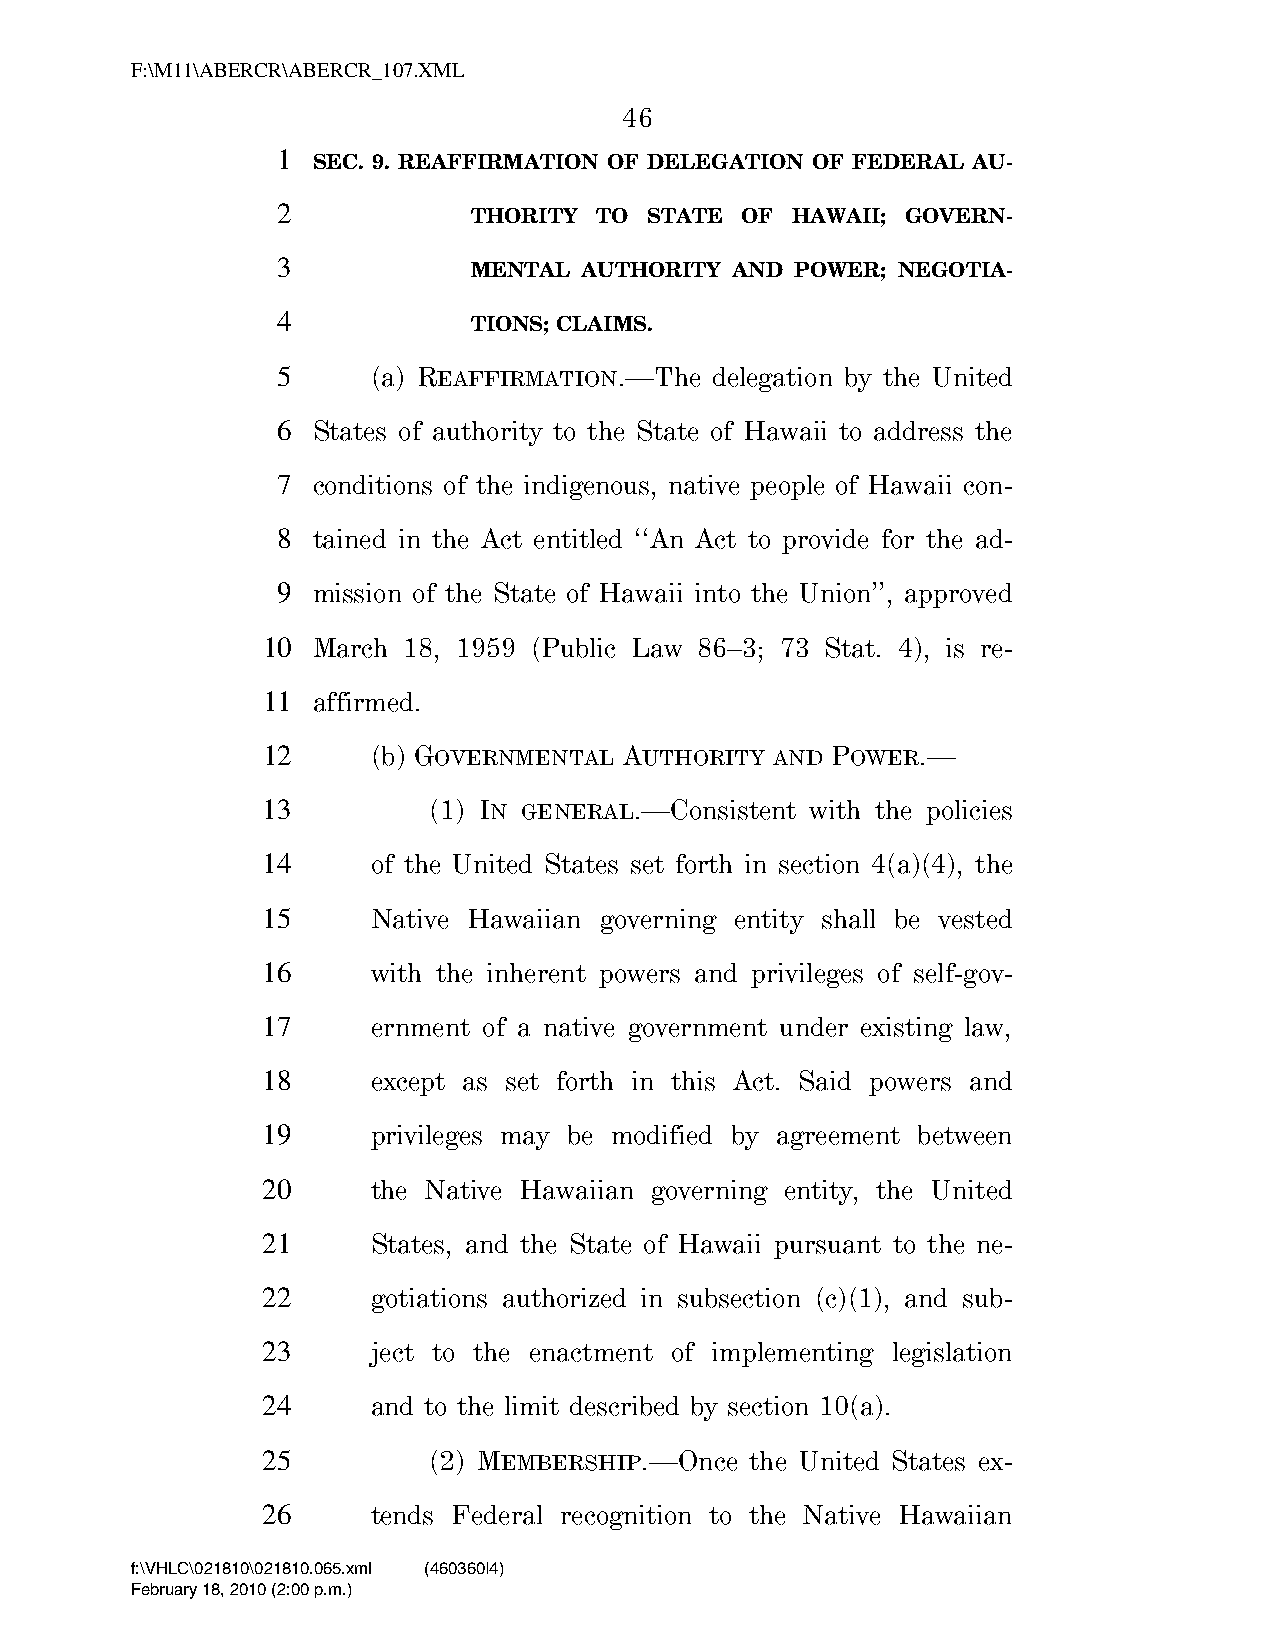
F:\M11\ABERCR\ABERCR_107.XML
 46
 1
 SEC. 9. REAFFIRMATION OF DELEGATION OF FEDERAL AU-
 2
 THORITY TO  STATE OF HAWAII; GOVERN-
 3
 MENTAL AUTHORITY  AND POWER; NEGOTIA-
 4
 TIONS; CLAIMS.
 5      (a) REAFFIRMATION.—The delegation by the United
 6  States of authority to the State of Hawaii to address the
 7  conditions of the indigenous, native people of Hawaii con-
 8  tained in the Act entitled ‘‘An Act to provide for the ad-
 9  mission of the State of Hawaii into the Union’’, approved
 10  March 18, 1959 (Public Law 86–3; 73 Stat. 4), is re-
 11  affirmed.
 12      (b) GOVERNMENTAL AUTHORITY AND POWER.—
 13         (1) IN GENERAL.—Consistent with the policies
 14      of the United States set forth in section 4(a)(4), the
 15      Native Hawaiian governing entity shall be vested
 16      with the inherent powers and privileges of self-gov-
 17      ernment of a native government under existing law,
 18      except as set forth in this Act. Said powers and
 19      privileges may be modified by agreement between
 20      the Native Hawaiian governing entity, the United
 21      States, and the State of Hawaii pursuant to the ne-
 22      gotiations authorized in subsection (c)(1), and sub-
 23      ject to the enactment of implementing legislation
 24      and to the limit described by section 10(a).
 25         (2) MEMBERSHIP.—Once  the United States ex-
 26      tends Federal recognition to the Native Hawaiian
 f:\VHLC\021810\021810.065.xml (460360|4)
 February 18, 2010 (2:00 p.m.)
 VerDate Nov 24 2008 14:00 Feb 18, 2010 Jkt 000000 PO 00000 Frm 00046 Fmt 6652 Sfmt 6201 C:\TEMP\ABERCR_107.XML HOLCPC